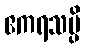
ဧကရသမ္ပိ